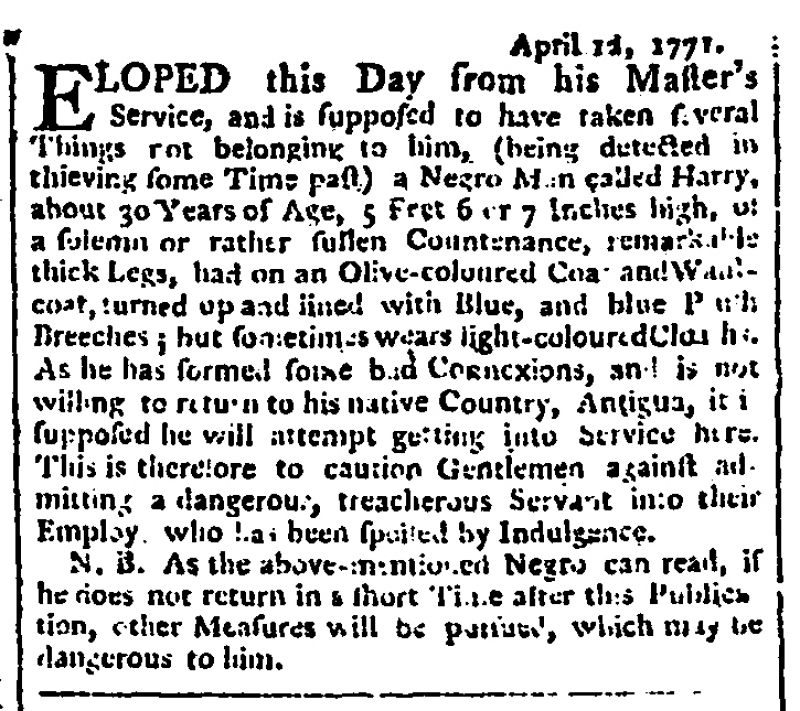
Public Advertiser, 17 April 1771 (England)
                              April 12, 1771.ELOPED this Day from his Master’s Service, and is supposed to have taken several Things not belonging to him, (being detected in thieving some Time past) a Negro Man called Harry, about 30 Years of Age, 5 Feet 6 or 7 Inches high, of a solemn or rather sullen Countenance, remarkable thick Legs, had on an Olive-Coloured Coat and Waistcoat, turned up and lined with Blue, and blue Plush Breeches; but sometimes wears light-coloured Cloaths. As he has formed some bad Connexions, and is not willing to return to his native Country, Antigua, it is supposed he will attempt getting into Service here. This is therefore to caution Gentleman against admitting a dangerous, treacherous Servant into their Employ who has been spoiled by Indulgence.   N.B. As the above-mentioned Negro can read, if he does not return in a short Time after this Publication, other Measures will be pursued, which may be dangerous to him.